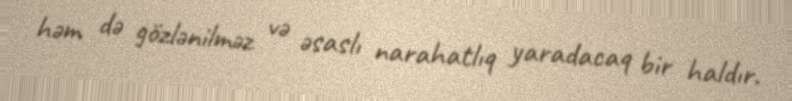
həm də gözlənilməz və əsaslı narahatlıq yaradacaq bir haldır.